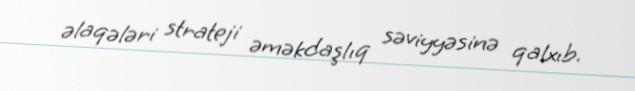
əlaqələri strateji əməkdaşlıq səviyyəsinə qalxıb.